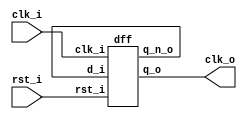
//--------------------------------------------------------------------------------
// Dependencies : 
// Description  : Clock Divide by 2
//--------------------------------------------------------------------------------

module divide_by_2(
  input  clk_i , // Input Clock
  input  rst_i , // Reset
  output clk_o   // Output Clock
);
  
  wire q_n;
  
  // DFF 0
  dff dff_1(
    .clk_i(clk_i  ),
    .rst_i(rst_i  ),
    .d_i  (q_n    ),
    .q_o  (clk_o  ),
    .q_n_o(q_n    )
  );

endmodule

// DFF
module dff(
  input      clk_i,
  input      rst_i,
  input      d_i  ,
  output reg q_o  ,
  output     q_n_o
);
  
  assign q_n_o = ~q_o;

  always@(posedge clk_i)begin
    if(rst_i)begin
      q_o <= 1'b0;
    end else begin
      q_o <= d_i;
    end
  end

endmodule